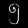
Digit: ၅